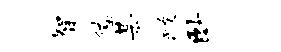
智僚某黻卧